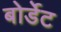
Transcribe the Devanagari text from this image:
बोर्डेट